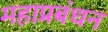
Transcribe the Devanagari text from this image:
महाप्रबंधन